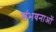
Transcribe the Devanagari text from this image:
संभवनाओं